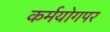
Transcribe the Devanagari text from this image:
कर्मयोगपर